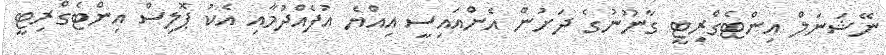
ނޭޝަނަލް އިންޓެގްރިޓީ ގާނޫނުގެ ދަށުން އެންއައިސީ އިއްޔެ އުފެއްދުމާއި އެކު ޕޮލިސް އިންޓެގްރިޓީ